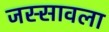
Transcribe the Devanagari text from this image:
जस्सावला